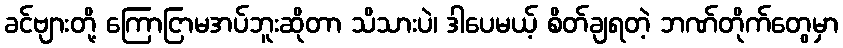
ခင်ဗျားတို့ ကြောငြာမအပ်ဘူးဆိုတာ သိသားပဲ၊ ဒါပေမယ့် စိတ်ချရတဲ့ ဘဏ်တိုက်တွေမှာ